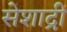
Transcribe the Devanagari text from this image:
सेशाद्री